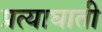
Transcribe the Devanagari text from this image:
प्रत्याघाती